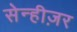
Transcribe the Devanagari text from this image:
सेन्हीज़र